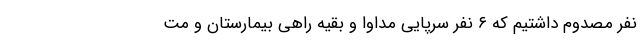
نفر مصدوم داشتیم که ۶ نفر سرپایی مداوا و بقیه راهی بیمارستان و مت